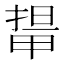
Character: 𭻛